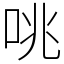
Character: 咷